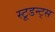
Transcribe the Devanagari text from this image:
स्टूडन्ट्स